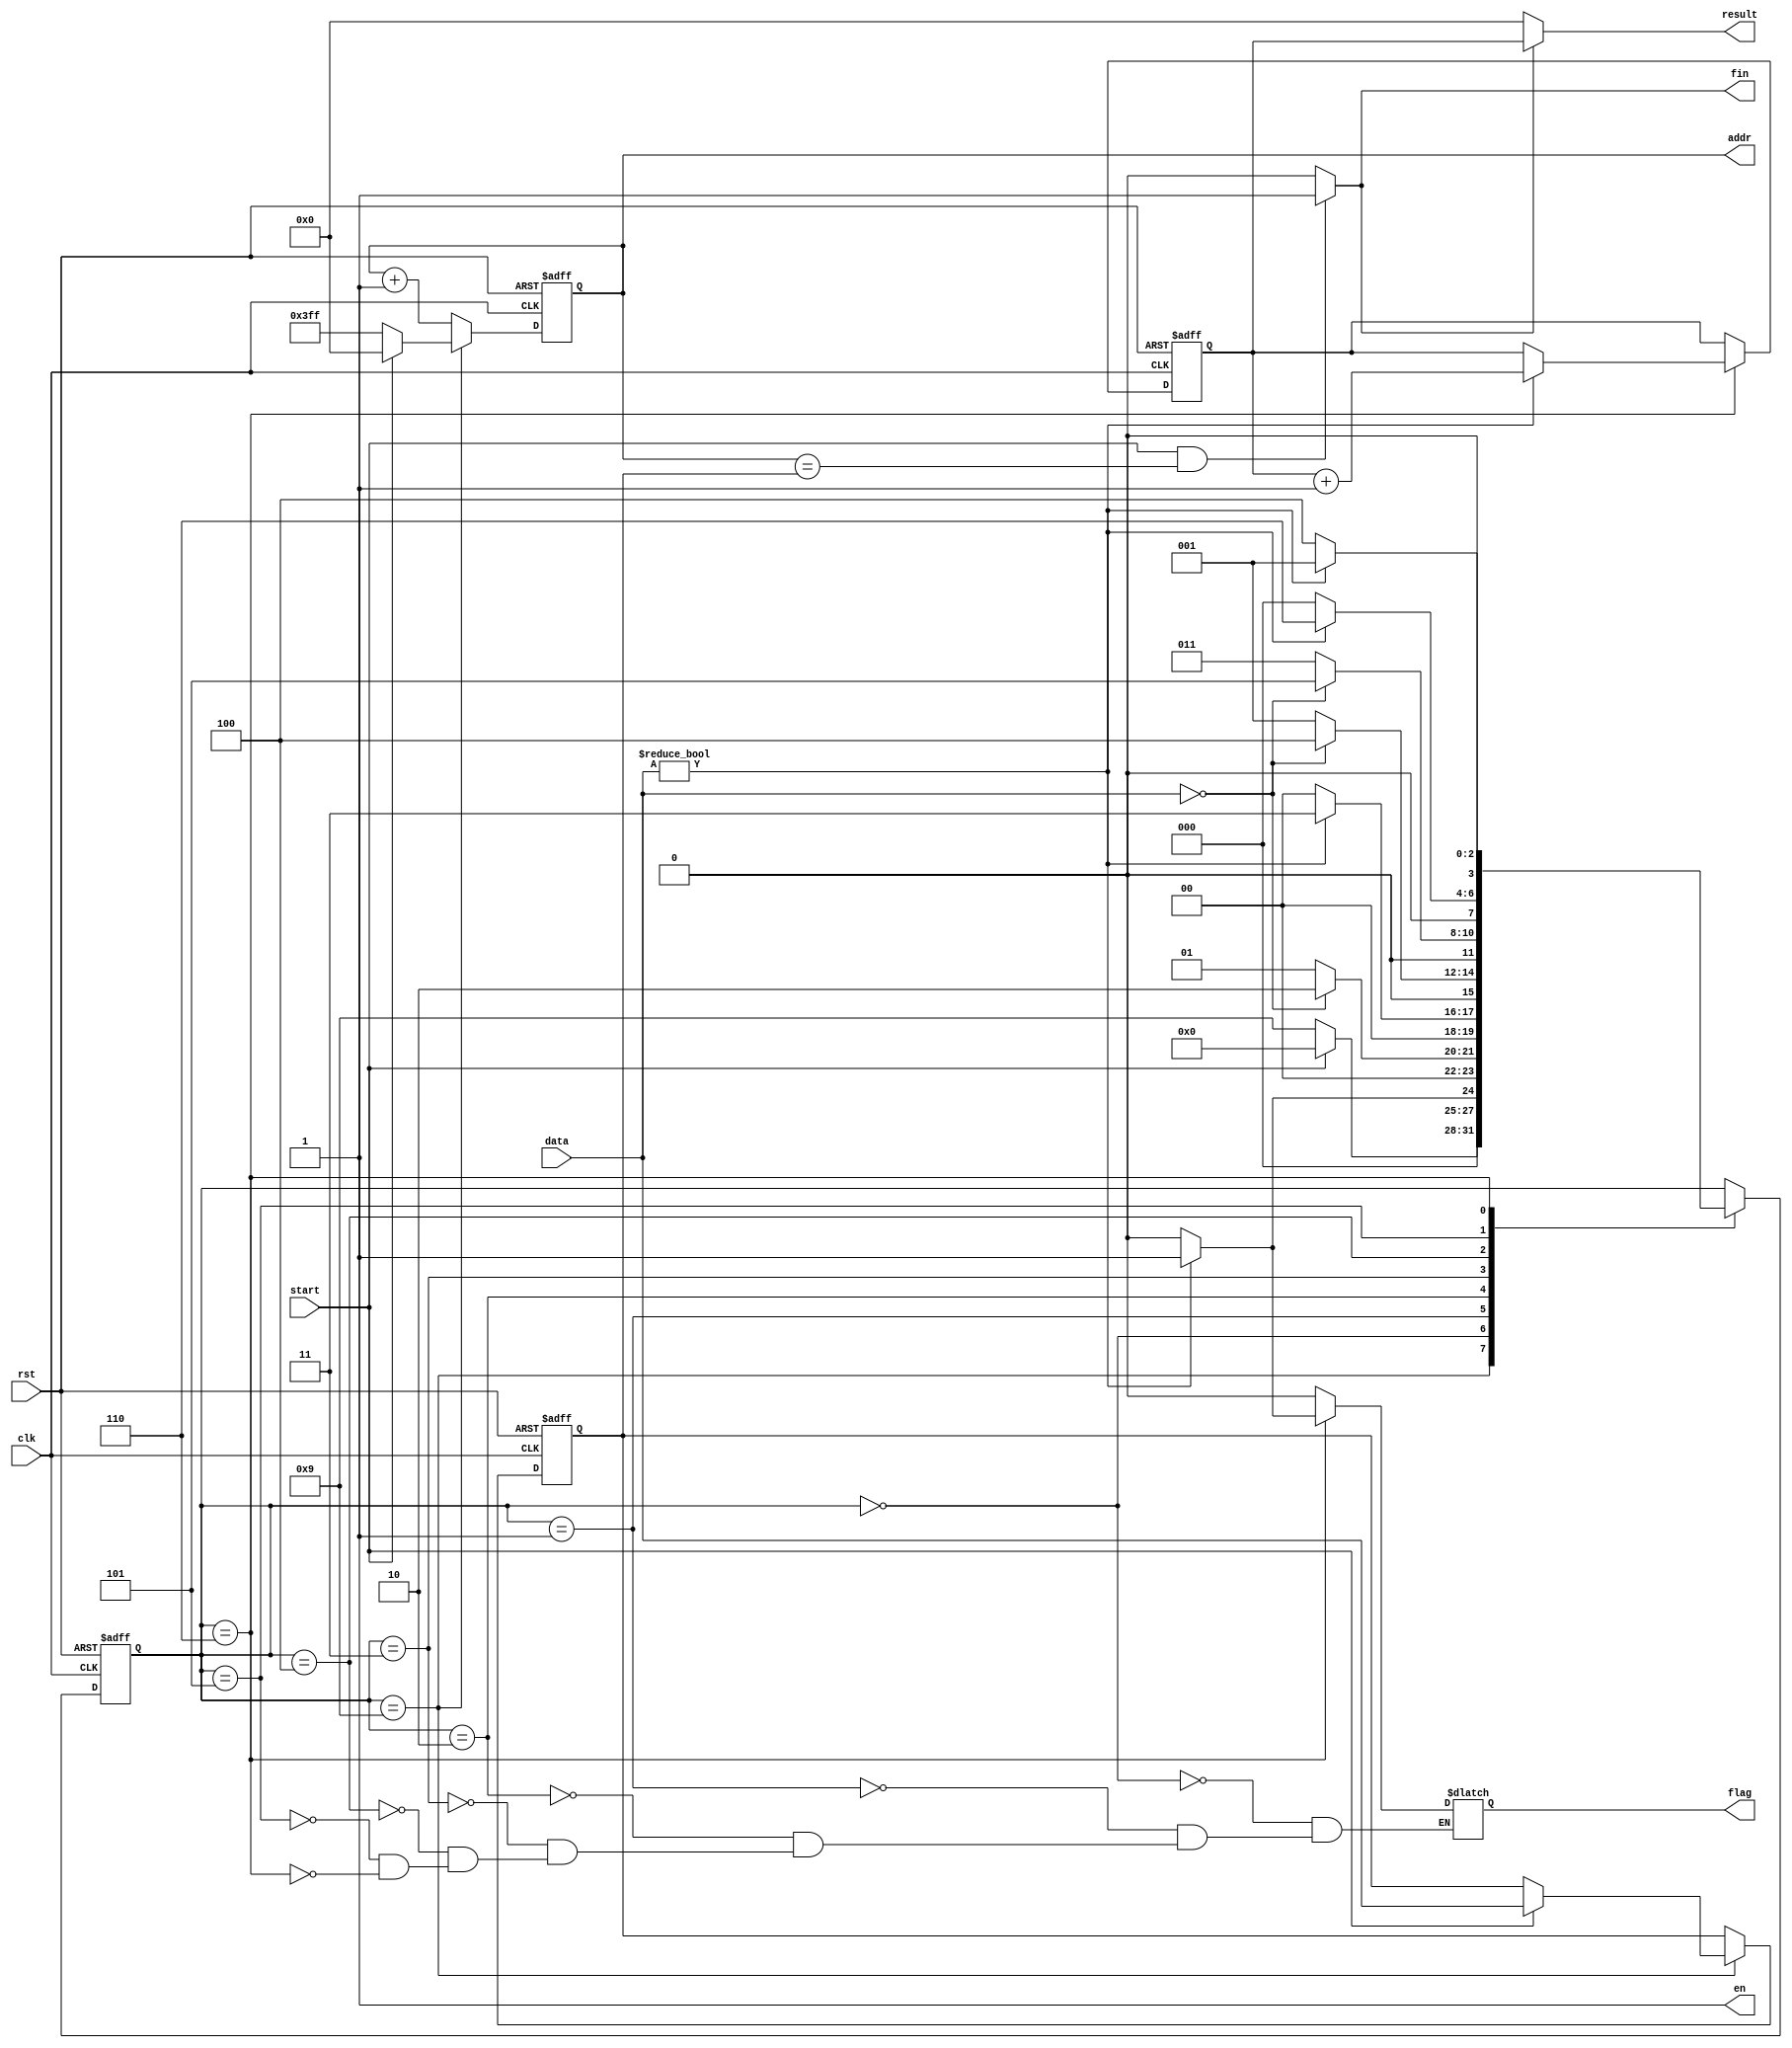
module PTM(clk , rst , start , data , en , addr , flag , fin , result);
    input clk , rst , start;
    input [9 : 0] data;

    output en , flag , fin;
    output [9 : 0] addr , result;

    parameter S0 = 4'b0000, S1 = 4'b0001,
              S2 = 4'b0010, S3 = 4'b0011,
              S4 = 4'b0100, S5 = 4'b0101,
              S6 = 4'b0110, INI = 4'b1001;

	reg[3:0] state, next_state;
	reg[9:0] num, next_num, leng, next_leng, ans, next_ans;
	reg flag0;

	always@(posedge clk or posedge rst)begin
		if(rst)begin
		  state <= INI;
		  num <= 10'd1023;
		  leng <= 4'd0;
		  ans <= 4'd0;
		end
		else begin
		  state <= next_state;
		  num <= next_num;
		  leng <= next_leng;
		  ans <= next_ans;
		end
	end

	always@(*)begin
		next_num = num + 1'b1;
		next_leng = leng;
		next_ans = ans;
		next_state = state;
		case(state)
		  INI:begin
			next_state = (start)? S0 : INI;
			next_num = (start)? 1'b0 : 10'd1023;
			next_leng = (start)? data : leng;
		  end
		  S0:begin
			next_state = (data)? S1 : S0;
			next_ans = ans;
			flag0 = 1'b0;
		  end
		  S1:begin
			next_state = (!data)? S2 : S1;
			next_ans = ans;
			flag0 = 1'b0;
			end
		  S2:begin
			next_state = (data)? S3 : S0;
			next_ans = ans;
			flag0 = 1'b0;
		  end
		  S3:begin
			next_state = (!data)? S4 : S1;
			next_ans = ans;
			flag0 = 1'b0;
		  end
		  S4:begin
			next_state = (!data)? S5 : S3;
			next_ans = ans;
			flag0 = 1'b0;
	  	  end
		  S5:begin
			next_state = (data)? S6 : S0;
			next_ans = ans;
			flag0 = 1'b0;	  
		  end
		  S6:begin
			if(data)begin
			next_state = S1;
			next_ans = ans + 1'b1;
			flag0 = 1'b1;
			end
			else begin
			next_state = S4;
			next_ans = ans;
			flag0 = 1'b0;
			end
		  end
		endcase
	end

	assign en = 1'b1;
	assign addr = num;
	assign fin = (start == 1 && num == leng)? 1'b1 : 1'b0;
	assign result = (fin == 1)? ans : 1'b0;
	assign flag = flag0;
endmodule